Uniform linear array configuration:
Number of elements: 24
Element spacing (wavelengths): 0.25
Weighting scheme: cosine
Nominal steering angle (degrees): -30
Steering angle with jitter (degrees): -30.643
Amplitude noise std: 0.05
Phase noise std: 0.05

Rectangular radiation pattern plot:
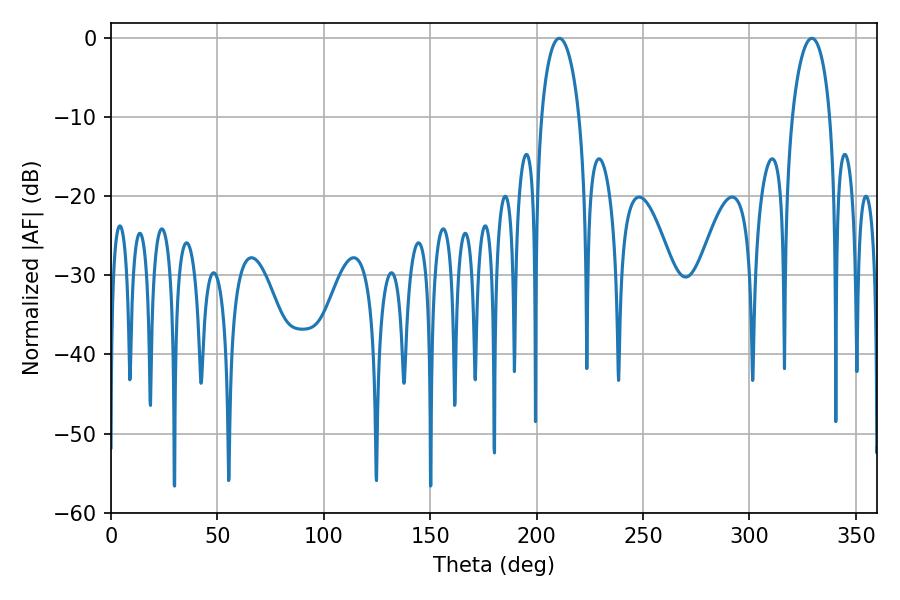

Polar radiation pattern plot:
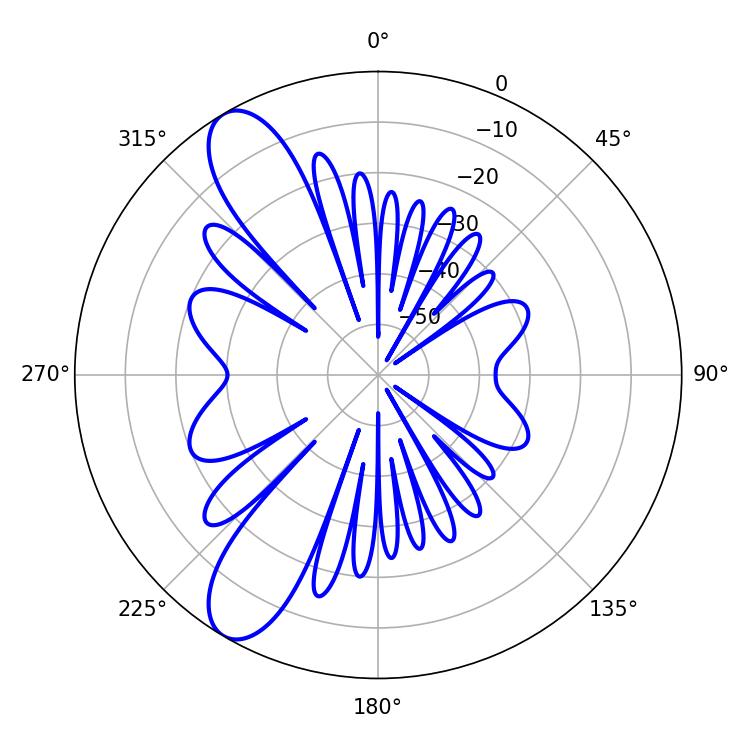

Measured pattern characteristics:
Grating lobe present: FALSE
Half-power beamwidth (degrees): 10.26
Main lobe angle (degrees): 210.6